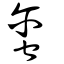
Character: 蠒